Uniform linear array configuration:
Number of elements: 8
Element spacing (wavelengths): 1
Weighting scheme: cosine
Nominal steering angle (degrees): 60
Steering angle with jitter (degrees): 60.778
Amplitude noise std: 0.05
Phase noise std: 0.05

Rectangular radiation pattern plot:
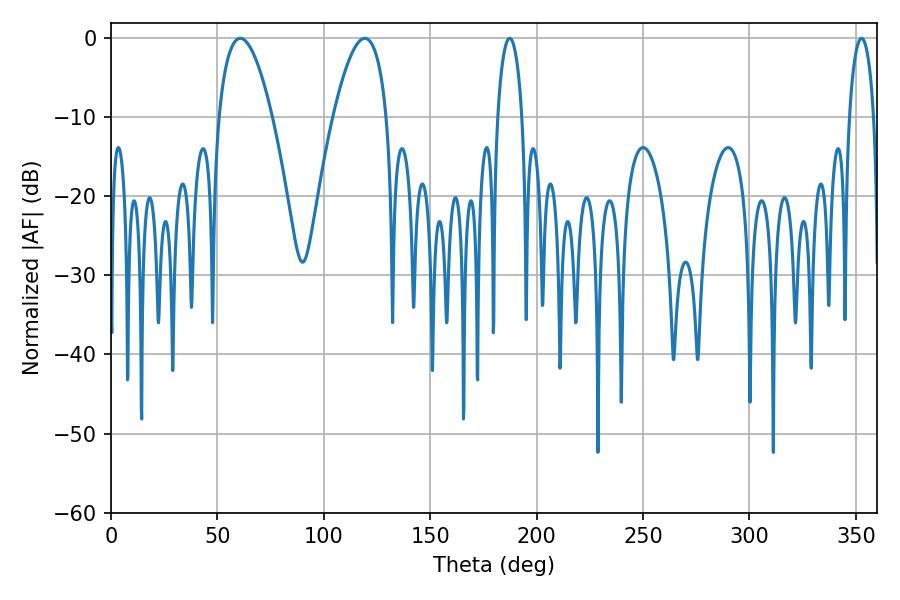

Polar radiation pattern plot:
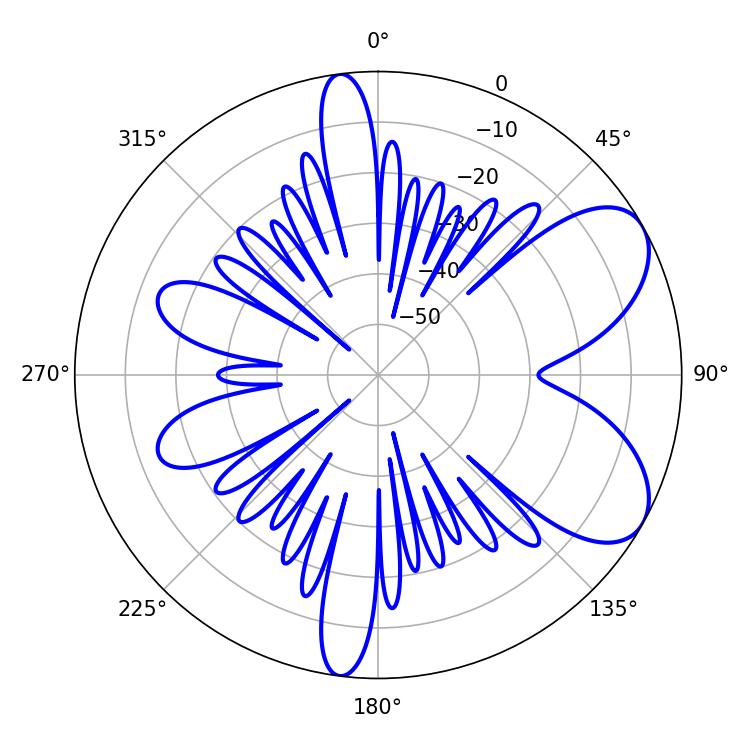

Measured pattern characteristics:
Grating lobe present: TRUE
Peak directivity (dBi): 6.877
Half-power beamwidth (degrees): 13.86
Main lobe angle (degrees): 60.66